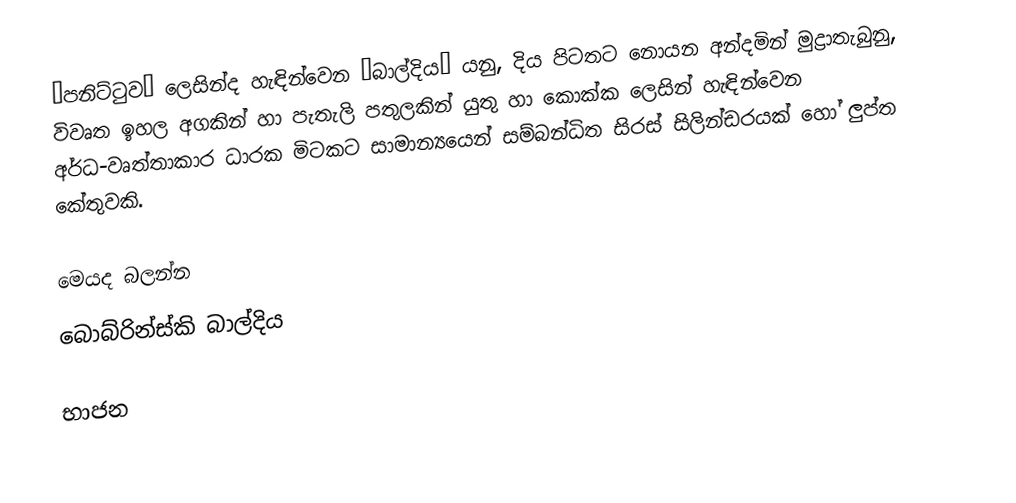
“පනිට්ටුව” ලෙසින්ද හැඳින්වෙන “බාල්දිය” යනු, දිය පිටතට නොයන අන්දමින් මුද්‍රාතැබුනු, විවෘත ඉහල අගකින් හා පැතැලි පතුලකින් යුතු හා කොක්ක ලෙසින් හැඳින්වෙන අර්ධ-වෘත්තාකාර ධාරක මිටකට සාමාන්‍යයෙන් සම්බන්ධිත සිරස් සිලින්ඩරයක් හෝ ලුප්ත කේතුවකි.

මෙයද බලන්න
 බොබ්රින්ස්කි බාල්දිය

භාජන